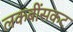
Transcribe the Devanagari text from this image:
लकबींसकट